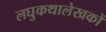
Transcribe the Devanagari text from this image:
लघुकथालेखकों